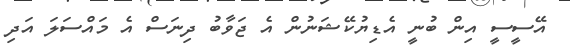
އޭސީސީ އިން ބުނީ އެޑިޔުކޭޝަނުން އެ ޖަވާބު ދިނަސް އެ މައްސަލަ އަދި